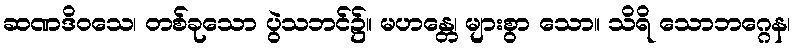
ဆဏဒိဝသေ၊ တစ်ခုသော ပွဲသဘင်၌။ မဟန္တေ၊ များစွာ သော။ သိရိ သောဘဂ္ဂေန၊